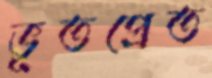
ভূতপ্রেত